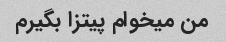
من میخوام پیتزا بگیرم